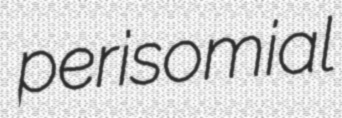
perisomial